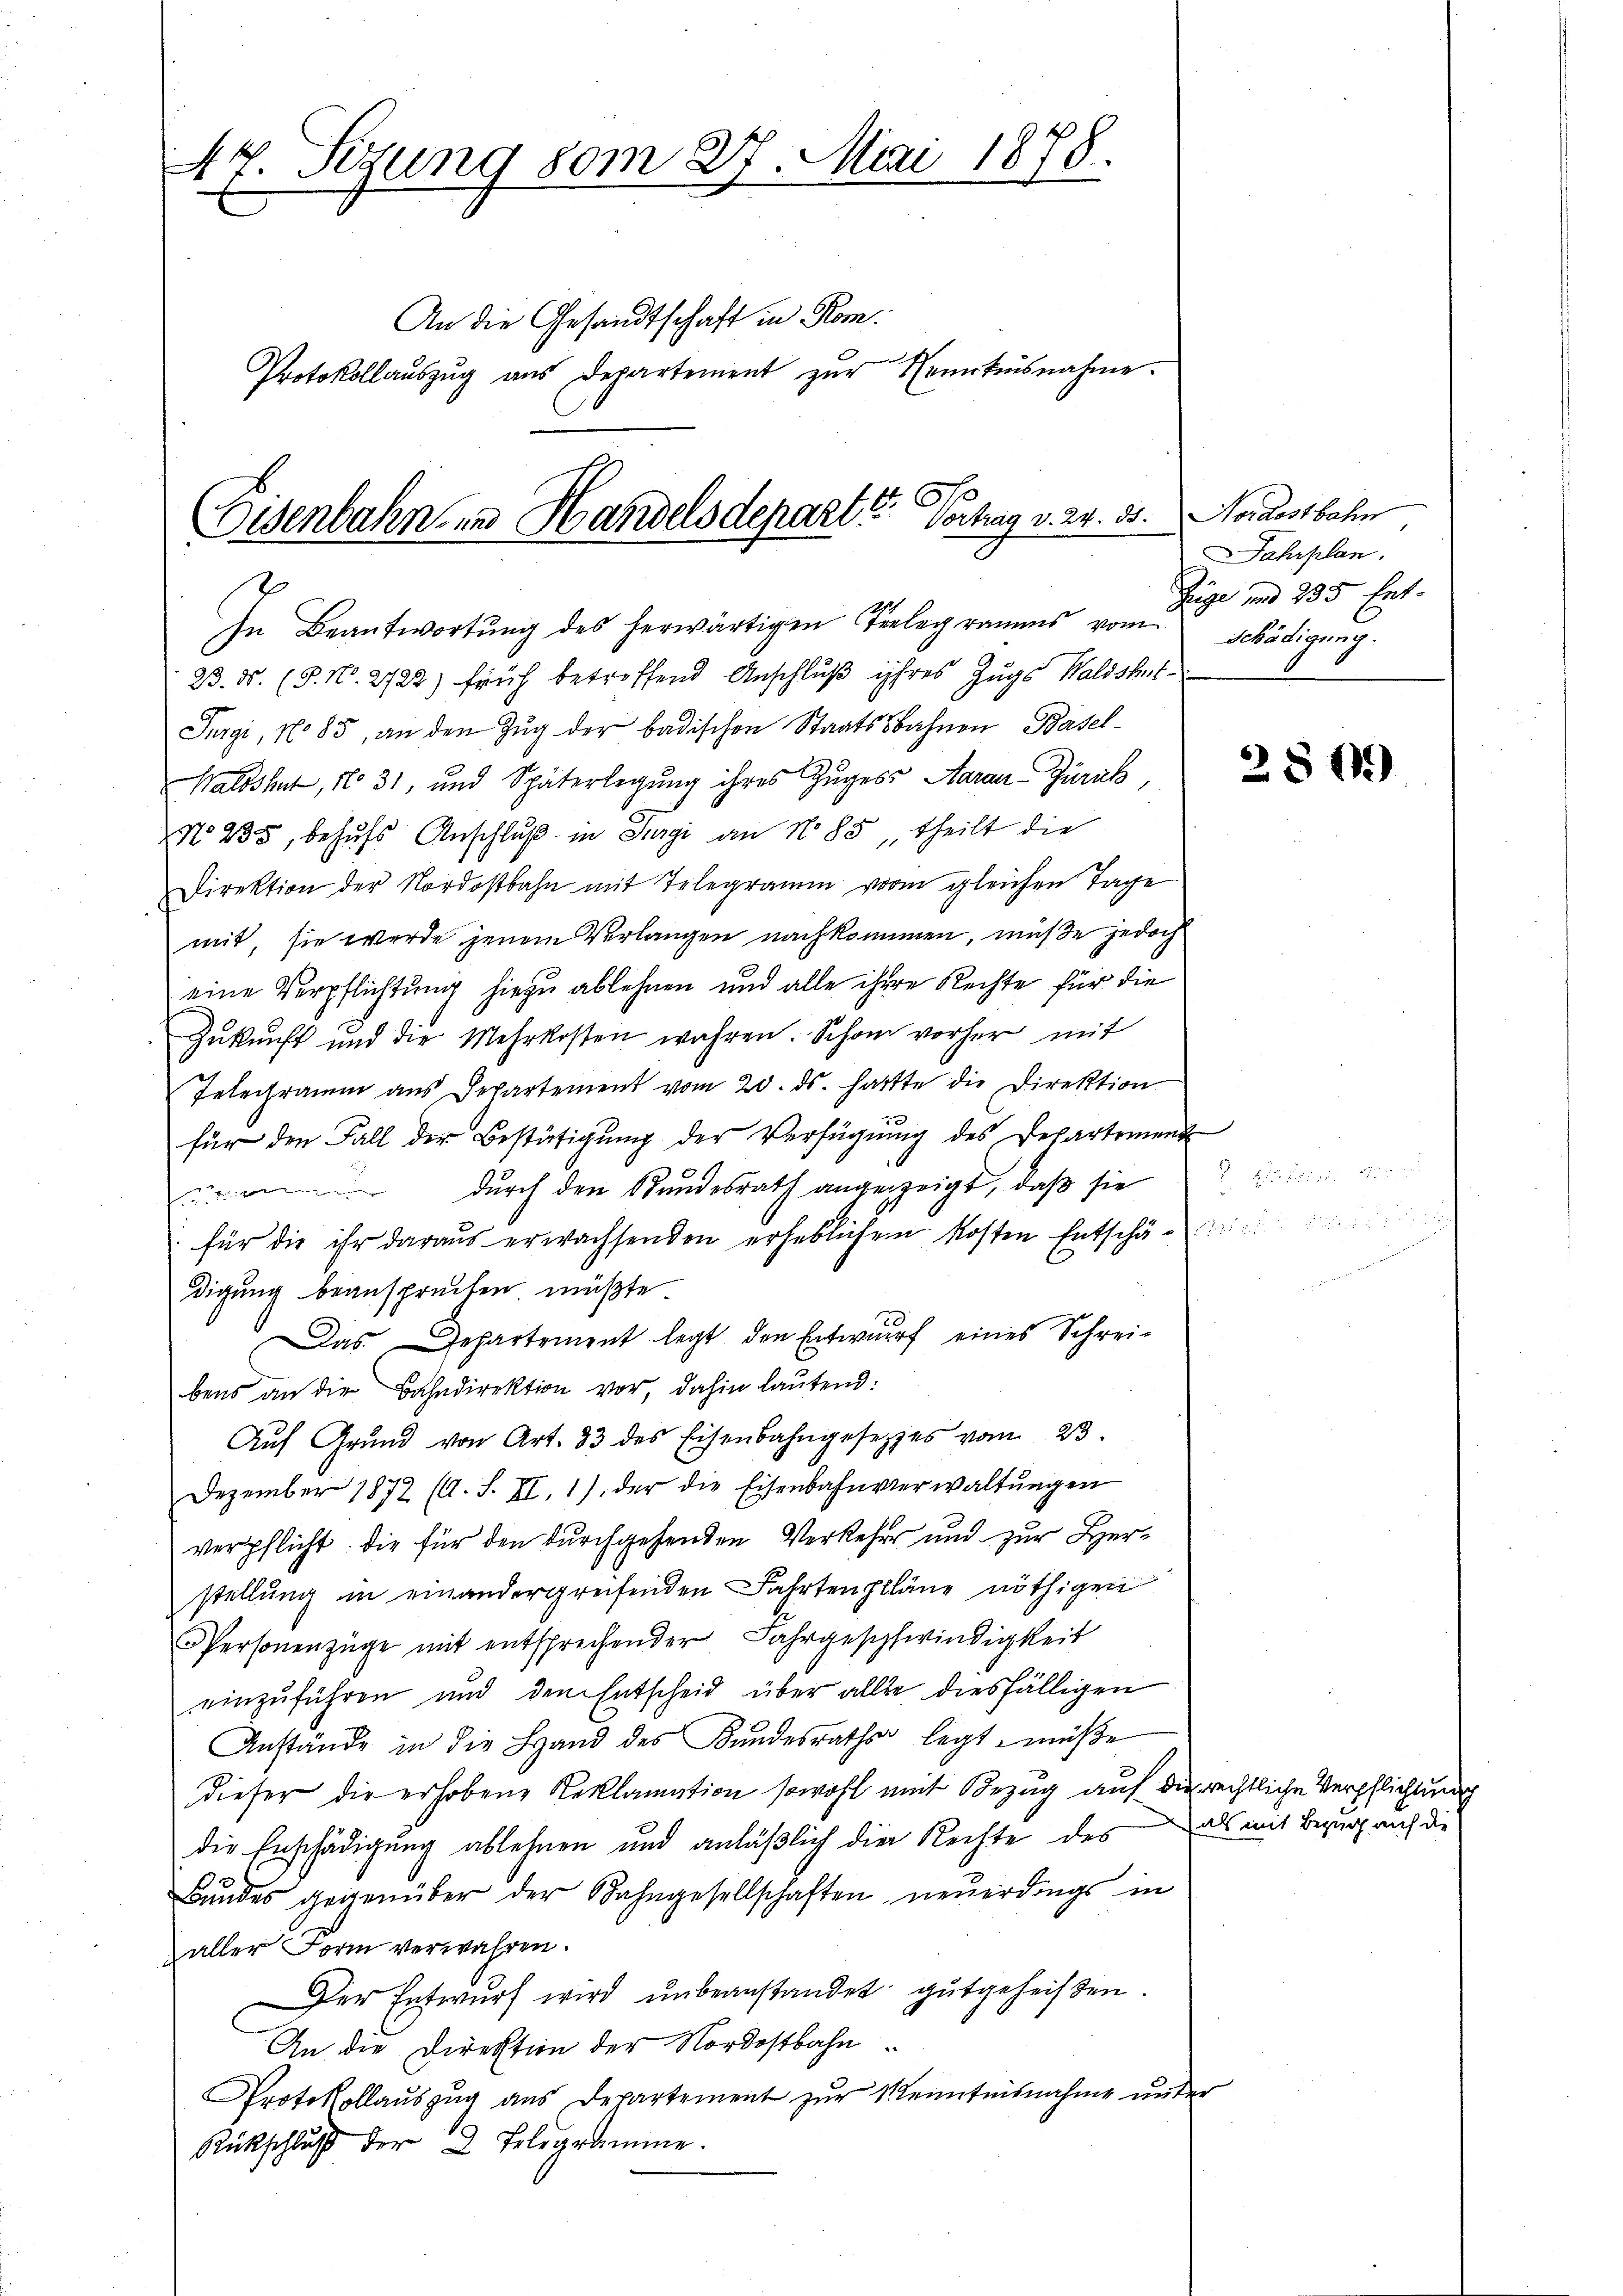
44 Sizung vom 27. Mai 1878.

An die Gesandtschaft in Kom¬
Protokollaŭszŭg aŭs Departement zŭr Kenntnisnahme.

Eisenbahn zu Handelsdepart? Vochag v. 24. 31.

In Beantwortŭng des herwärtigen Telegramms vom Schädigung.
9
23. ds. (T. N. 2722) früh betreffend Anschluß ihres Zugs Waldshut¬
Jürgi, No 85, an den Zug der badischen Staatssbahnen Basel-
Waldshut, N. 31, und Späterlegŭng ihres Zuges Aarau Zurück,
No 235, behŭfs Anschlŭβ in Turgi an No 85, theilt die
Direktion der Nordostbahn mit Telegramm vom gleichen Tage
mit, sie werde jenem Verlangen nachkommen, müße jedoch
eine Verpflichtung hiezu ablehnen und alle ihre Rechte für die
Zukunft und die Mehrkosten wahren. Schon vorher mit
Telegramm aus Departement vom 20. ds. hatte die Direktion
für den Fall der Bestätigŭng der Verfügŭng des Departement
 durch den Stundesrath angezeigt, daß sie
für die ihr daraus erwachsenden erheblichen Kosten Entschä-
digung beansprechen müßte.
Das Departement legt den Entwurf eines Schreibens an die Bahndirektion vor, dahin lautend:
Aŭf Grŭnd von Art. 33 des Eisenbahngesetzes vom 23.
Dezember 1872 (A. S. XI. 1) der die Eisenbahnverwaltŭngen
verpflicht. Die für den durchgehenden Verkehrs und zur Herstellung in einandergreifenden Fahrtenpläne nöthigen
Personenzüge mit entsprechender Fahrgeschwindigkeit
einzuführen und den Entscheid über alle diesfälligen
Anstände in die Hand des Kindesrath legt, müße
dieser die erhobene Reklamation sowohl mit Bezug auf die rechtliche Verpflichtung
die Erschädigung ablehnen und anläßlich die Rechte des als mit Bezug auf die
Bŭndes gegenüber der Bahngesellschaften neuerdings in
aller Form verwahren.
Der Entwurf wird unbeanstandet gutgeheißen.
An die Direktion der Nordostbahn
Protokollauszug aus Departement zur Kenntnisnahme unter
Rückschluß der 2 Telegramme.

Nordostbahn
Jahrplan.
Züge und 235. Ent-

2809